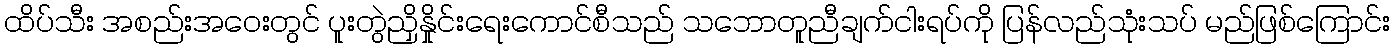
ထိပ်သီး အစည်းအဝေးတွင် ပူးတွဲညှိနှိုင်းရေးကောင်စီသည် သဘောတူညီချက်ငါးရပ်ကို ပြန်လည်သုံးသပ် မည်ဖြစ်ကြောင်း